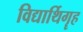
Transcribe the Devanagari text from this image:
विद्यार्थिगॄह